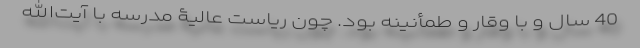
40 سال و با وقار و طمأنینه بود. چون ریاست عالیۀ مدرسه با آیت‌الله